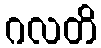
ဂလတိ